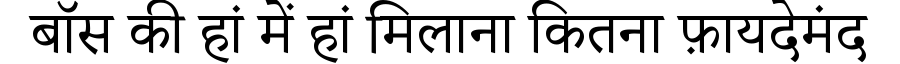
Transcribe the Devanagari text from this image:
बॉस की हां में हां मिलाना कितना फ़ायदेमंद